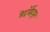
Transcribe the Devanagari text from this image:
डेट्रॉईटहून